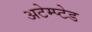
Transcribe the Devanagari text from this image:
अटेम्प्टेड